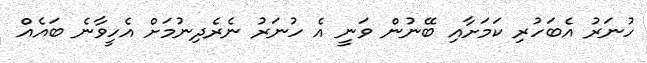
ހުނަރު އެބަހުރި ކަމަށާއި ބޭނުން ވަނީ އެ ހުނަރު ނެރެދިނުމަށް އެހީވާނެ ބައެއް